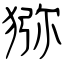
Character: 猕